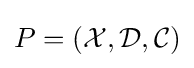
P=({\mathcal {X}},{\mathcal {D}},{\mathcal {C}})